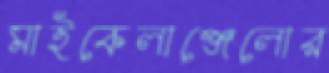
মাইকেলাঞ্জেলোর